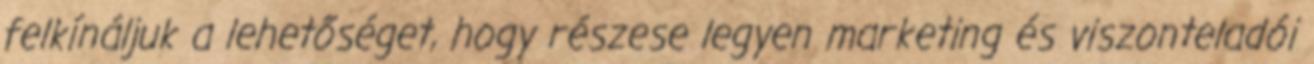
felkínáljuk a lehetőséget, hogy részese legyen marketing és viszonteladói